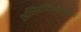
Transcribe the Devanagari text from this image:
अभियांत्रिकीसह